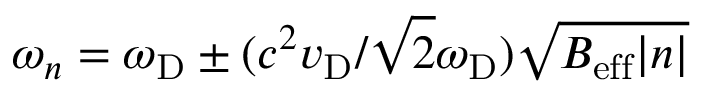
\omega _ { n } = \omega _ { \mathrm { D } } \pm ( c ^ { 2 } v _ { \mathrm { D } } / \sqrt { 2 } \omega _ { \mathrm { D } } ) \sqrt { B _ { \mathrm { e f f } } \lvert n \rvert }